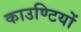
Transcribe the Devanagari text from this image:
काउण्टियों